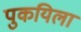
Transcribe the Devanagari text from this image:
पुकयिला